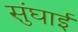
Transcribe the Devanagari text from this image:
सुंघाई